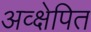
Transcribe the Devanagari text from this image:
अव्क्षेपित